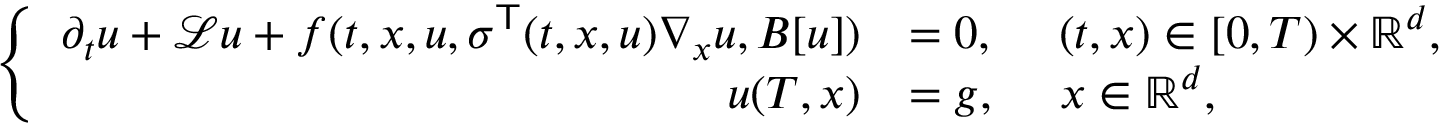
\begin{array} { r } { \left\{ \begin{array} { r l } { \partial _ { t } u + \mathcal L u + f ( t , x , u , \sigma ^ { \mathsf { T } } ( t , x , u ) \nabla _ { x } u , B [ u ] ) } & { = 0 , \quad \; ( t , x ) \in [ 0 , T ) \times \mathbb R ^ { d } , } \\ { u ( T , x ) } & { = g , \quad \; x \in \mathbb R ^ { d } , } \end{array} \right. } \end{array}